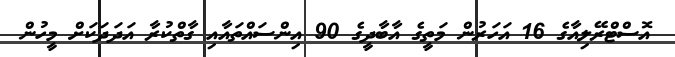
އޮސްޓްރޭލިއާގެ 16 އަހަރުން މަތީގެ އާބާދީގެ 90 އިންސައްތައާއި ގާތްކުރާ އަދަދަކަށް މީހުން